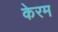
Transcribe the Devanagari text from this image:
केरम